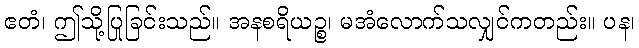
ဧတံ၊ ဤသို့ပြုခြင်းသည်။ အနစရိယဉ္စ၊ မအံလောက်သလျှင်ကတည်း။ ပန၊